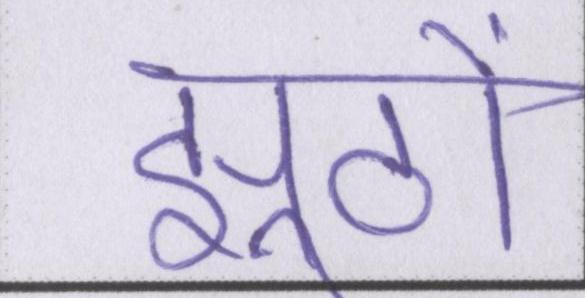
झूठों